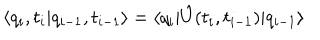
\langle q _ { i } , t _ { i } | q _ { i - 1 } , t _ { i - 1 } \rangle = \langle q _ { i } | \hat { U } ( t _ { i } , t _ { i - 1 } ) | q _ { i - 1 } \rangle